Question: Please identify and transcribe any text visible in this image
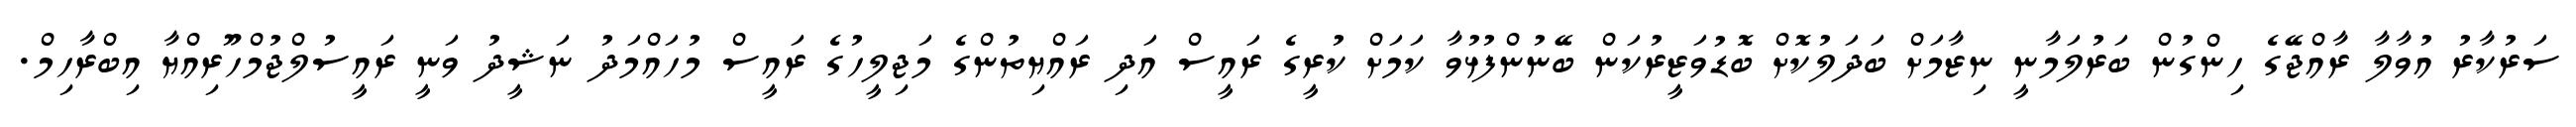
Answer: ސަރުކާރު އުވާލާ ރާއްޖޭގެ ހިންގުން ބަރުލަމާނީ ނިޒާމަށް ބަދަލުކޮށް ބޮޑުވަޒީރުކަން ބޭނުންފުޅުވާ ކަމަށް ކުރީގެ ރައީސް އަދި ރައްޔިތުންގެ މަޖިލީހުގެ ރައީސް މުހައްމަދު ނަޝީދު ވަނީ ރައީސުލްޖުމްހޫރިއްޔާ އިބްރާހިމް.